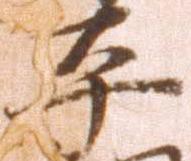
平